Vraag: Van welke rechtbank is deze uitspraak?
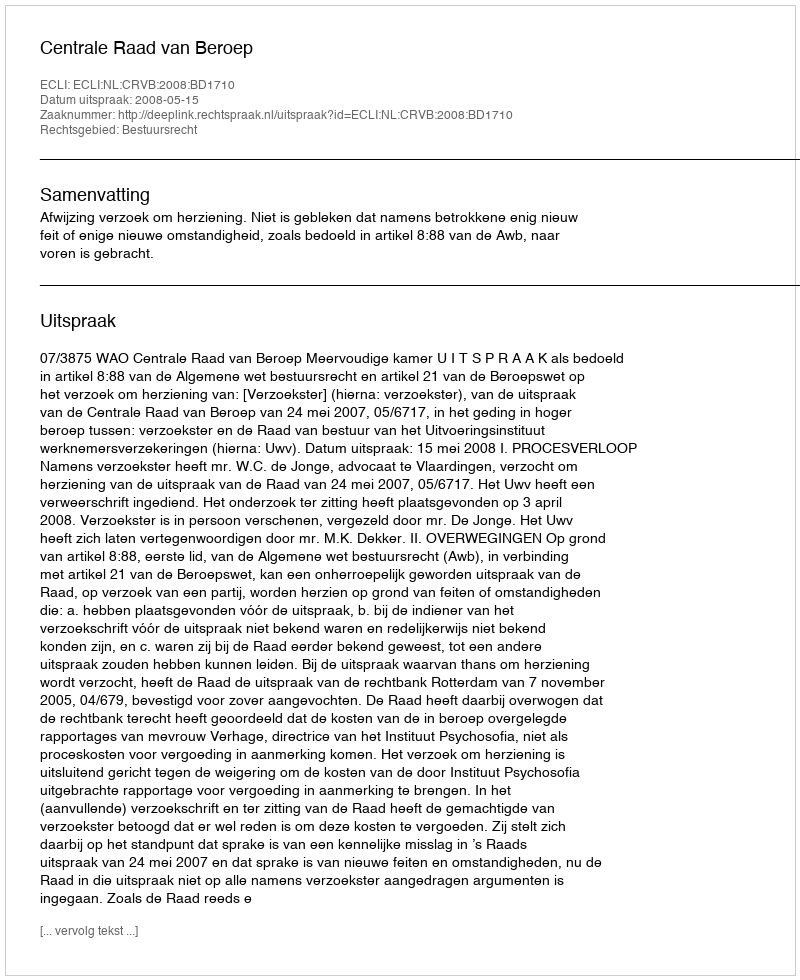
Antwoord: Centrale Raad van Beroep